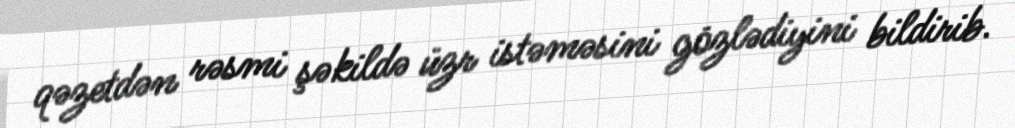
qəzetdən rəsmi şəkildə üzr istəməsini gözlədiyini bildirib.